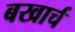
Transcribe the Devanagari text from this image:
बखार्च